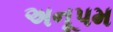
અનૂપમ